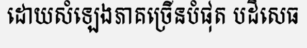
ដោយសំឡេងភាគច្រើនបំផុត បដិសេធ